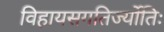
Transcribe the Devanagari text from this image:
विहायसगतिर्ज्योतिः